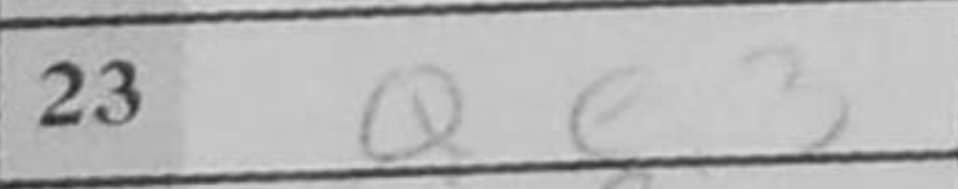
Transcription: Qe3